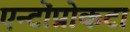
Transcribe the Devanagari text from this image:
एन्टोंप्रोकटा